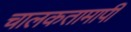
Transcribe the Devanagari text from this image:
चालकतामापी